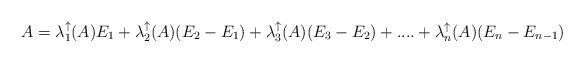
LaTeX: \begin{align*}A= \lambda_1^{\uparrow}(A) E_1 + \lambda_2^{\uparrow}(A) (E_2-E_1)+ \lambda_3^{\uparrow}(A)(E_3-E_2)+....+\lambda_n^{\uparrow}(A)(E_n-E_{n-1})\end{align*}